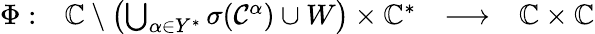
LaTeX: \begin{array}{r}{\begin{array}{llll}{\Phi:}&{\mathbb{C}\setminus\left(\bigcup_{\alpha\in Y^{*}}\sigma(\mathcal{C}^{\alpha})\cup W\right)\times\mathbb{C}^{*}}&{\longrightarrow}&{\mathbb{C}\times\mathbb{C}}\end{array}}\end{array}